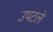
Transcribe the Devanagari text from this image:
उपटले